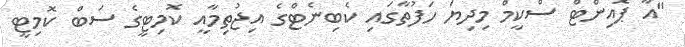
"އާ ޕޮއިންޓް ސްކީމް މިދިޔަ ހަފުތާގައި ކެބިނެޓްގެ އިޖުތިމާއީ ކޮމިޓީގެ ސަބް ކޮމިޓީ